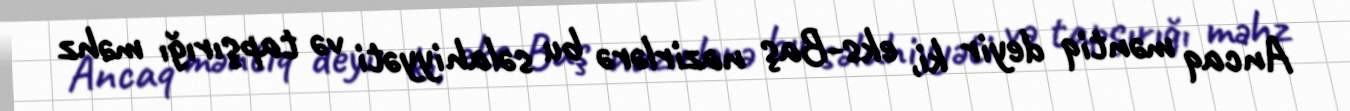
Ancaq məntiq deyir ki, eks-Baş nazirlərə bu səlahiyyəti və tapşırığı məhz